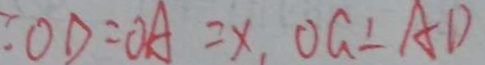
\because O D = O A = X , O G \bot A D